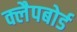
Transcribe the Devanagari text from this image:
क्लैपबोर्ड